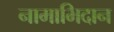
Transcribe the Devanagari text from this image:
नामाभिदान